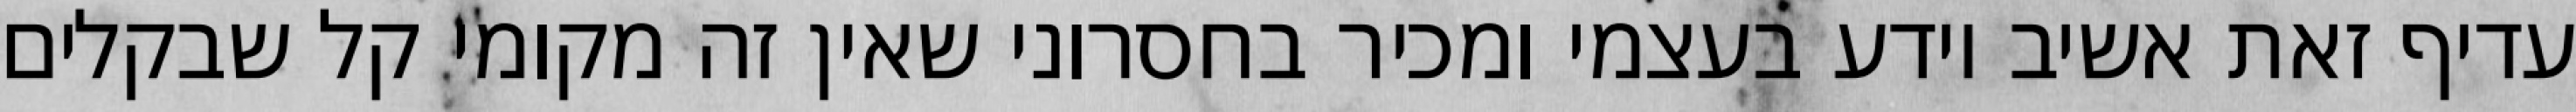
עדיף זאת אשיב יודע בעצמי ומכיר בחסרוני שאין זה מקומי קל שבקלים